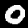
Label: 0